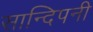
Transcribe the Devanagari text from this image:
सान्दिपनी